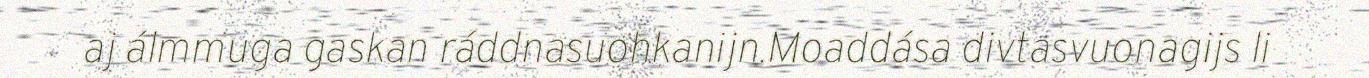
aj álmmuga gaskan ráddnasuohkanijn.Moaddása divtasvuonagijs li